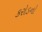
કરોડનો